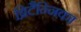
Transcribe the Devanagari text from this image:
ब्रिटैन्निका